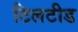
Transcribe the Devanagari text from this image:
टिलटीड